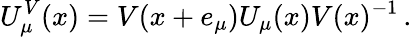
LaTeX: U_{\mu}^{V}(x)=V(x+e_{\mu})U_{\mu}(x)V(x)^{-1}\, .